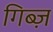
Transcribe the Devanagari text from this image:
गिब्ज़